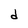
Character: d